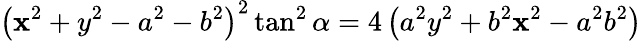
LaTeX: \left(\mathbf{x}^{2}+y^{2}-a^{2}-b^{2}\right)^{2}\tan^{2}\alpha=4\left(a^{2}y^{2}+b^{2}\mathbf{x}^{2}-a^{2}b^{2}\right)